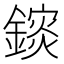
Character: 𨬄